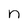
Character: n